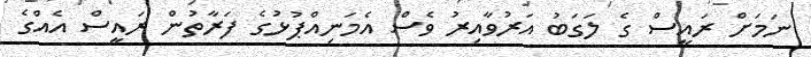
ނަމަށް ރައީސް ގެ ލަގަބު އަރުވާއިރު ވެސް އެމަނިއްޕުޅުގެ ފަރާތުން ރައީސް އެއްގެ